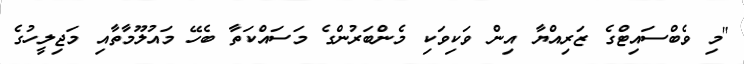
"މި ވެބްސައިޓްގެ ޒަރިއްޔާ އިން ވަކިވަކި މެންބަރުންގެ މަސައްކަތާ ބެހޭ މައުލޫމާތާއި މަޖިލީހުގެ